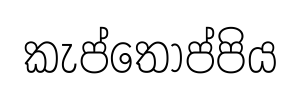
කැප්තොප්පිය